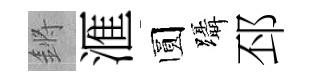
鏘滙圆躡邳